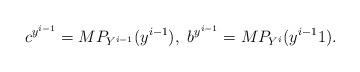
LaTeX: \begin{align*} c^{y^{i-1}} = MP_{Y^{i-1} } (y^{i-1}), \ b^{y^{i-1}} = M P_{Y^i}( y^{i-1}1). \end{align*}